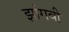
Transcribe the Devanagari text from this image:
झांगवी